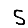
Digit: 5